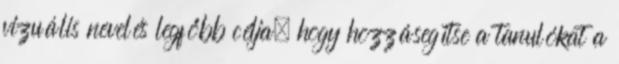
vizuális nevelés legfőbb célja, hogy hozzásegítse a tanulókat a